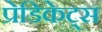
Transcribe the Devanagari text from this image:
प्रेडिकेट्स